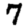
Digit: 7